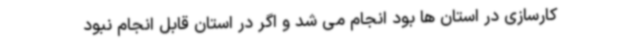
کارسازی در استان ها بود انجام می شد و اگر در استان قابل انجام نبود